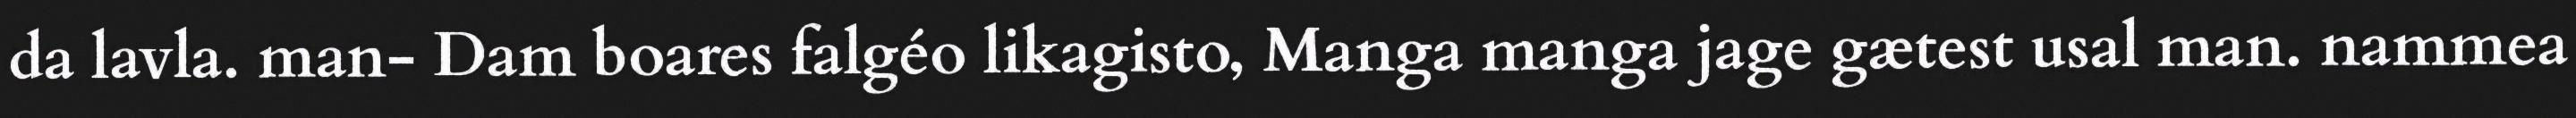
da lavla. man- Dam boares falgéo likagisto, Manga manga jage gætest usal man. nammea